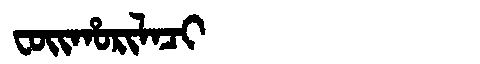
Manchu: ᠸᠣᡳᡥᠣᡵᡳᠯᠠᠴᡳ
Romanization: FOIHORILACI